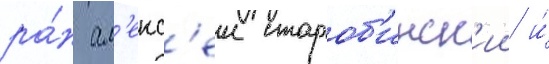
ра́н ал'екс'еи староб'инск'ии и́